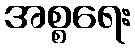
အစ္စရေး